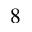
8